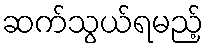
ဆက်သွယ်ရမည့်